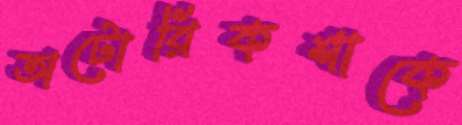
অটোরিকশাকে